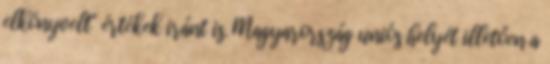
elkönyvelt" értékek iránt is. Magyarország uniós helyét illetően a